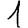
Digit: 1